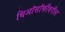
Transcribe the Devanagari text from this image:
थिऑसॉफीवरील